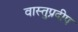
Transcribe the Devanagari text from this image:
वास्तुप्रदीप